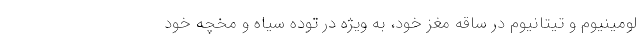
لومینیوم و تیتانیوم در ساقه مغز خود، به ویژه در توده سیاه و مخچه خود